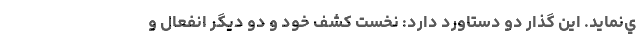
ي‌نمايد. اين گذار دو دستاورد دارد: نخست كشف خود و دو ديگر انفعال و